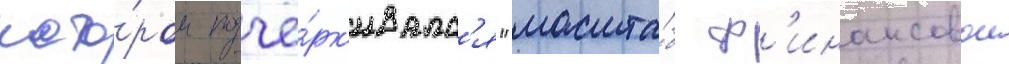
кото́ром подчё́рк'ивалс'я "масшта́б ф'инансовои